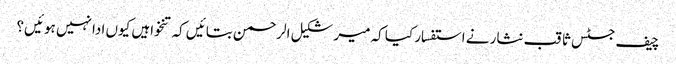
چیف جسٹس ثاقب نثار نے استفسار کیا کہ میر شکیل الرحمن بتائیں کہ تنخواہیں کیوں ادا نہیں ہوئیں؟